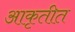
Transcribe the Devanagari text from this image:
आकृतीत